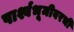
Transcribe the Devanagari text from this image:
पार्श्वभूमीवरची